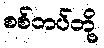
စစ်တပ်တို့